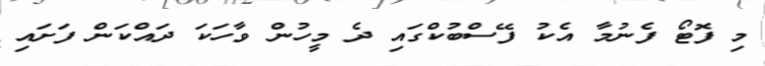
މި ފޮޓޯ ފެނުމާ އެކު ފޭސްބުކްގައި ދެ މީހުން ވާހަކަ ދައްކަން ފަށައި